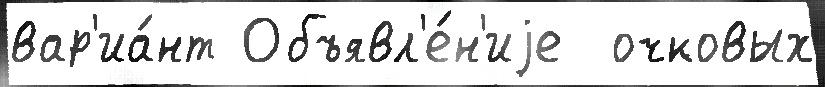
вар'иа́нт Объявл'е́н'иjе  очковых